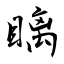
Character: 瞝